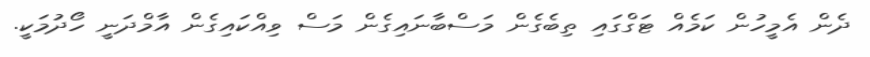
ދެން އެމީހުން ކަމެއް ޓަގްގައި ތިބެގެން މަސްބާނައިގެން މަސް ވިއްކައިގެން އާމްދަނީ ހޯދުމަކީ.